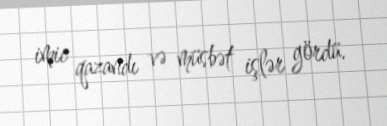
imic qazandı və müsbət işlər gördü.